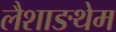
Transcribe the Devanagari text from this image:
लैशाङथेम